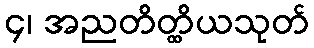
၄၊ အညတိတ္ထိယသုတ်